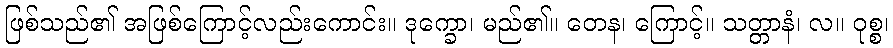
ဖြစ်သည်၏ အဖြစ်ကြောင့်လည်းကောင်း။ ဒုက္ခော၊ မည်၏။ တေန၊ ကြောင့်။ သတ္တာနံ၊ လ။ ဝုစ္စ၊